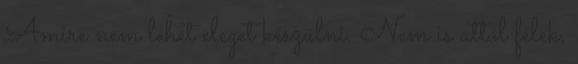
Amire nem lehet eleget készülni. Nem is attól félek,